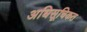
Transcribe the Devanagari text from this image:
अधिसूचिकत